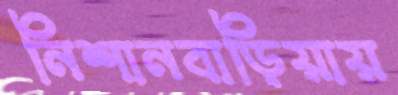
নিশানবাড়িয়ায়